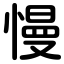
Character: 慢